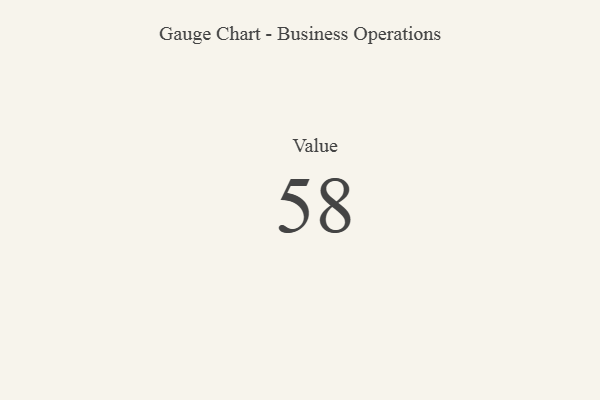
{"axis": {"x": "Metric", "y": "Value"}, "legend": [""], "data": [{"x": "Value", "y": 58, "type": ""}]}